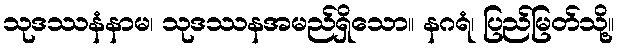
သုဒဿနံနာမ၊ သုဒဿနအမည်ရှိသော။ နဂရံ၊ ပြည်မြတ်သို့။